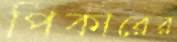
পিকারের